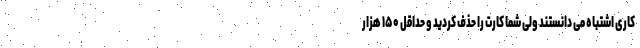
کاری اشتباه می دانستند ولی شما کارت را حذف کردید و حداقل ۱۵۰ هزار